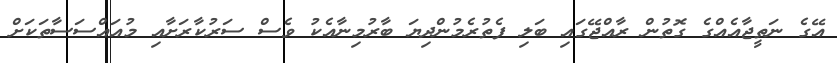
އޭގެ ނަތީޖާއެއްގެ ގޮތުން ރާއްޖޭގައި ބަލި ފެތުރެމުންދިޔަ ބާރުމިނާއެކު ވެސް ސަރުކާރަށާއި މުއައްސަސާތަކަށް